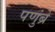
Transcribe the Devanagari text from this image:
पणुंब्रे